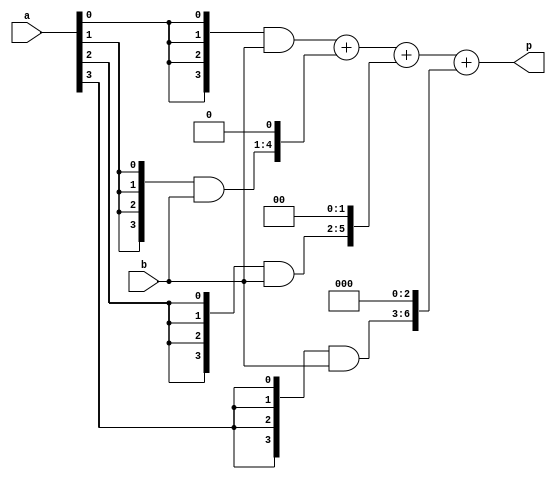
`timescale 1ns / 1ps
//////////////////////////////////////////////////////////////////////////////////
// Company: 
// Engineer: 
// 
// Design Name: 
// Module Name: multi_4
// Project Name: 
// Target Devices: 
// Tool Versions: 
// Description: 
// 
// Dependencies: 
// 
// Revision:
// Revision 0.01 - File Created
// Additional Comments:
// 
//////////////////////////////////////////////////////////////////////////////////


module multi_4(
    input [3:0]a,b,
    output [7:0]p
    );
wire [3:0]m0;
wire [4:0]m1;
wire [5:0]m2;
wire [6:0]m3;    
wire [7:0]s1,s2,s3;

assign m0 = {4{a[0]}} & b[3:0];
assign m1 = {4{a[1]}} & b[3:0];
assign m2 = {4{a[2]}} & b[3:0];
assign m3 = {4{a[3]}} & b[3:0];

assign s1 = m0 + (m1<<1);
assign s2 = s1 + (m2<<2);
assign s3 = s2 + (m3<<3);
assign p = s3;
endmodule